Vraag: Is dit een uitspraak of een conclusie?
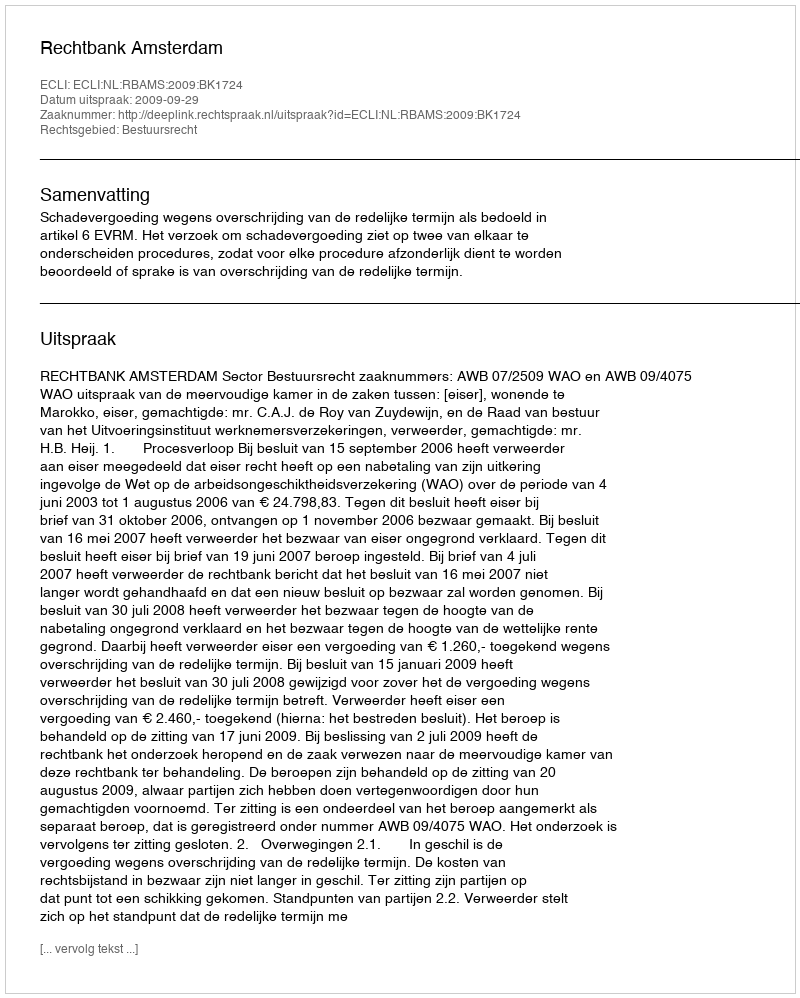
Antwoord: Uitspraak